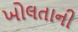
ખોલતાની